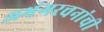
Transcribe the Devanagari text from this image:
अभंगरचनांची